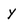
Character: y